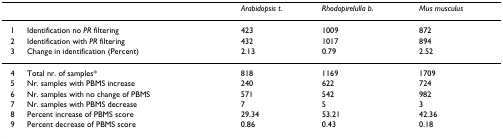
<table><thead><tr><td></td><td></td><td><b><i>Arabidopsis t</i>.</b></td><td><b><i>Rhodopirelulla b</i>.</b></td><td><b><i>Mus musculus</i></b></td></tr></thead><tbody><tr><td>1</td><td>Identification no <i>PR </i>filtering</td><td>423</td><td>1009</td><td>872</td></tr><tr><td>2</td><td>Identification with <i>PR </i>filtering</td><td>432</td><td>1017</td><td>894</td></tr><tr><td>3</td><td>Change in identification (Percent)</td><td>2.13</td><td>0.79</td><td>2.52</td></tr><tr><td>4</td><td>Total nr. of samples*</td><td>818</td><td>1169</td><td>1709</td></tr><tr><td>5</td><td>Nr. samples with PBMS increase</td><td>240</td><td>622</td><td>724</td></tr><tr><td>6</td><td>Nr. samples with no change of PBMS</td><td>571</td><td>542</td><td>982</td></tr><tr><td>7</td><td>Nr. samples with PBMS decrease</td><td>7</td><td>5</td><td>3</td></tr><tr><td>8</td><td>Percent increase of PBMS score</td><td>29.34</td><td>53.21</td><td>42.36</td></tr><tr><td>9</td><td>Percent decrease of PBMS score</td><td>0.86</td><td>0.43</td><td>0.18</td></tr></tbody></table>